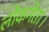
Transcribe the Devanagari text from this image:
लोकनेता।